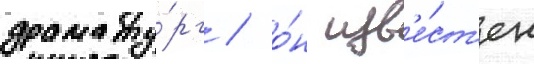
драмату́рг / о́н изв'е́ст'ен